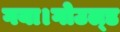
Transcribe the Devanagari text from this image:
गया।गोउल्‍ड